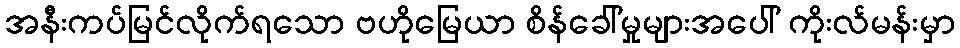
အနီးကပ်မြင်လိုက်ရသော ဗဟိုမြေယာ စိန်ခေါ်မှုများအပေါ် ကိုးလ်မန်းမှာ